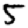
Digit: 5